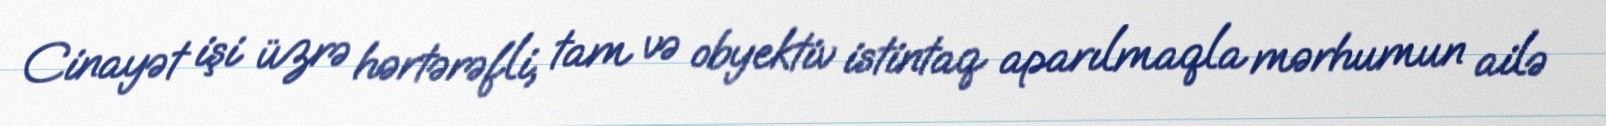
Cinayət işi üzrə hərtərəfli, tam və obyektiv istintaq aparılmaqla mərhumun ailə